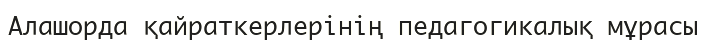
Алашорда қайраткерлерінің педагогикалық мұрасы